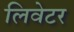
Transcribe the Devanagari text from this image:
लिवेटर